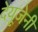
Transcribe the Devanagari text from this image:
देयूजेनी